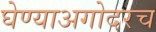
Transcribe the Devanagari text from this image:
घेण्याअगोदरच